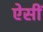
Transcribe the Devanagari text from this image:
ऐसीं